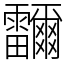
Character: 鿨